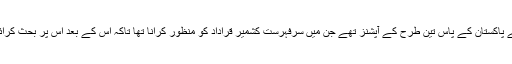
انسانی حقوق کونسل میں مسئلہ کشمیر کو اٹھانے کے لیے پاکستان کے پاس تین طرح کے آپشنز تھے جن میں سرفہرست کشمیر قراداد کو منظور کرانا تھا تاکہ اس کے بعد اس پر بحث کرائی جا سکے یا کونسل کا خصوصی سیشن بلوایا جا سکے۔